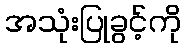
အသုံးပြုခွင့်ကို